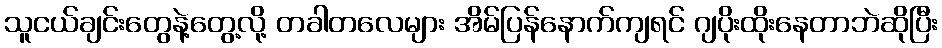
သူငယ်ချင်းတွေနဲ့တွေ့လို့ တခါတလေများ အိမ်ပြန်နောက်ကျရင် ဂျပိုးထိုးနေတာဘဲဆိုပြီး